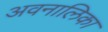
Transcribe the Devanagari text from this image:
अवनालिका